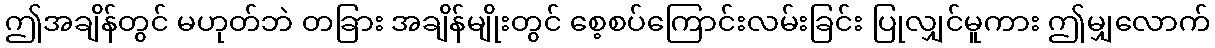
ဤအချိန်တွင် မဟုတ်ဘဲ တခြား အချိန်မျိုးတွင် စေ့စပ်ကြောင်းလမ်းခြင်း ပြုလျှင်မူကား ဤမျှလောက်